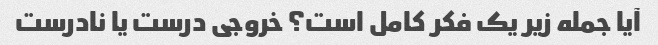
آیا جمله زیر یک فکر کامل است؟ خروجی درست یا نادرست